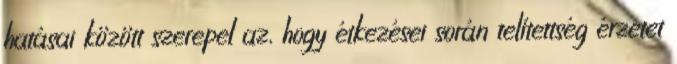
hatásai között szerepel az, hogy étkezései során telítettség érzetet